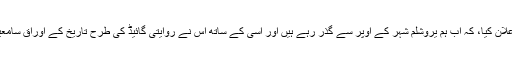
آدھے گھنٹے کے بعد پائلٹ نے اعلان کیا، کہ اب ہم یروشلم شہر کے اوپر سے گذر رہے ہیں اور اسی کے ساتھ اس نے روایتی گائیڈ کی طرح تاریخ کے اوراق سامعین کو دیکھ کر پلٹنے شروع کئے۔